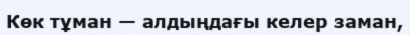
Көк тұман — алдыңдағы келер заман,